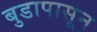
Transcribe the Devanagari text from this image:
बुडापासून